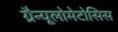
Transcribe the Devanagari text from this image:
ग्रैन्यूलोमेटोसिस